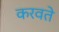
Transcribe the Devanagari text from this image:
करवते